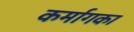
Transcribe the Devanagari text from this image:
कर्मागका